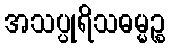
အသပ္ပုရိသဓမ္မဉ္စ